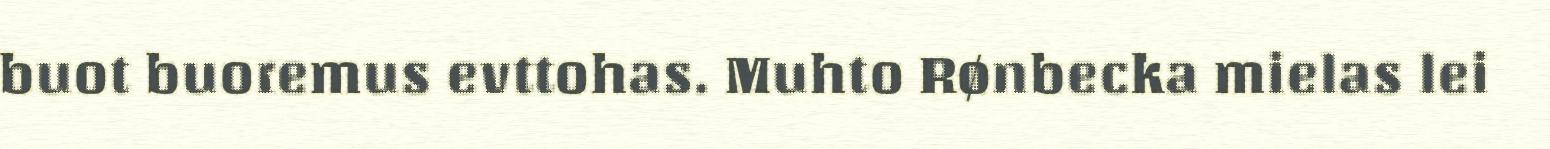
buot buoremus evttohas. Muhto Rønbecka mielas lei